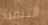
التنفيذ